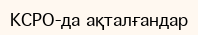
КСРО-да ақталғандар